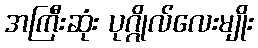
အကြီးဆုံး ပုဂ္ဂိုလ်လေးမျိုး